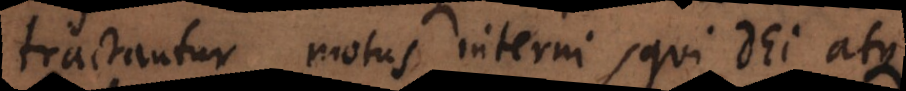
tractantur motus interni, qui Dei atque